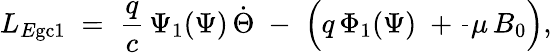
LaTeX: L_{E\mathrm{gc}1}\; =\; \frac{q}{c}\, \Psi_{1}(\Psi)\, \dot{\Theta}\; -\; \left(q\, \Phi_{1}(\Psi)\; +\frac{}{}\mu\, B_{0}\right),